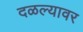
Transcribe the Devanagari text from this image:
दळल्यावर